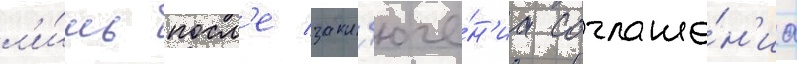
л'и́шь посл'е закл'юче́н'иа соглаше́н'иа